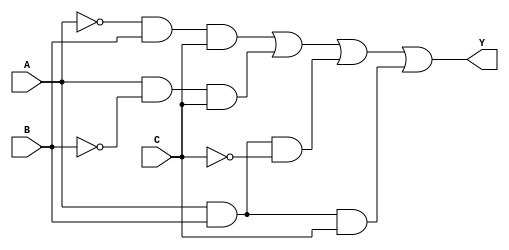
module sop_simplification (
    input wire A,        // First input variable
    input wire B,        // Second input variable
    input wire C,        // Third input variable
    output wire Y        // Output representing the simplified SOP expression
);

// Internal signals for product terms
wire p1, p2, p3, p4;

// Product terms based on a hypothetical simplified SOP expression
// Let's assume the expression is Y = A'BC + AB'C + ABC' + ABC
assign p1 = ~A & B & C;  // A'BC
assign p2 = A & ~B & C;  // AB'C
assign p3 = A & B & ~C;  // ABC'
assign p4 = A & B & C;   // ABC

// Final output is the OR of product terms
assign Y = p1 | p2 | p3 | p4; // Y = A'BC + AB'C + ABC' + ABC

endmodule